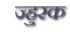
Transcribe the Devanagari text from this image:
ज्हुरक